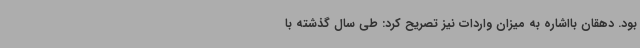
بود. دهقان بااشاره به میزان واردات نیز تصریح کرد: طی سال گذشته با